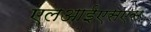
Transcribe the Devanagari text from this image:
एलआईएसएस